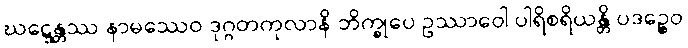
ဃဋ္ဋေန္တဿ နာမဿေဝ ဒုဂ္ဂတကုလာနိ ဘိက္ခုပေ ဥဿာဝေါ ပါရိစရိယန္တိ ပဒဉ္စေဝ